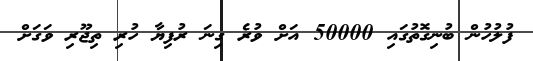
ފުލުހުން ބުނިގޮތުގައި 50000 އަށް ވުރެ ގިނަ ރުފިޔާ ހުރި ތިޖޫރި ވަގަށް